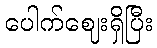
ပေါက်ဈေးရှိပြီး